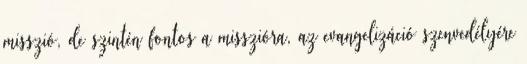
misszió, de szintén fontos a misszióra, az evangelizáció szenvedélyére